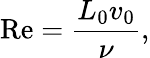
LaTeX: \mathrm{Re}=\frac{L_{0}v_{0}}{\nu},